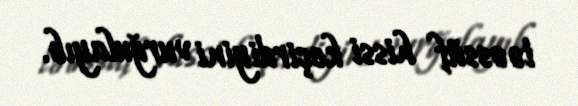
təəssüf hissi keçirdiyini vurğulayıb.